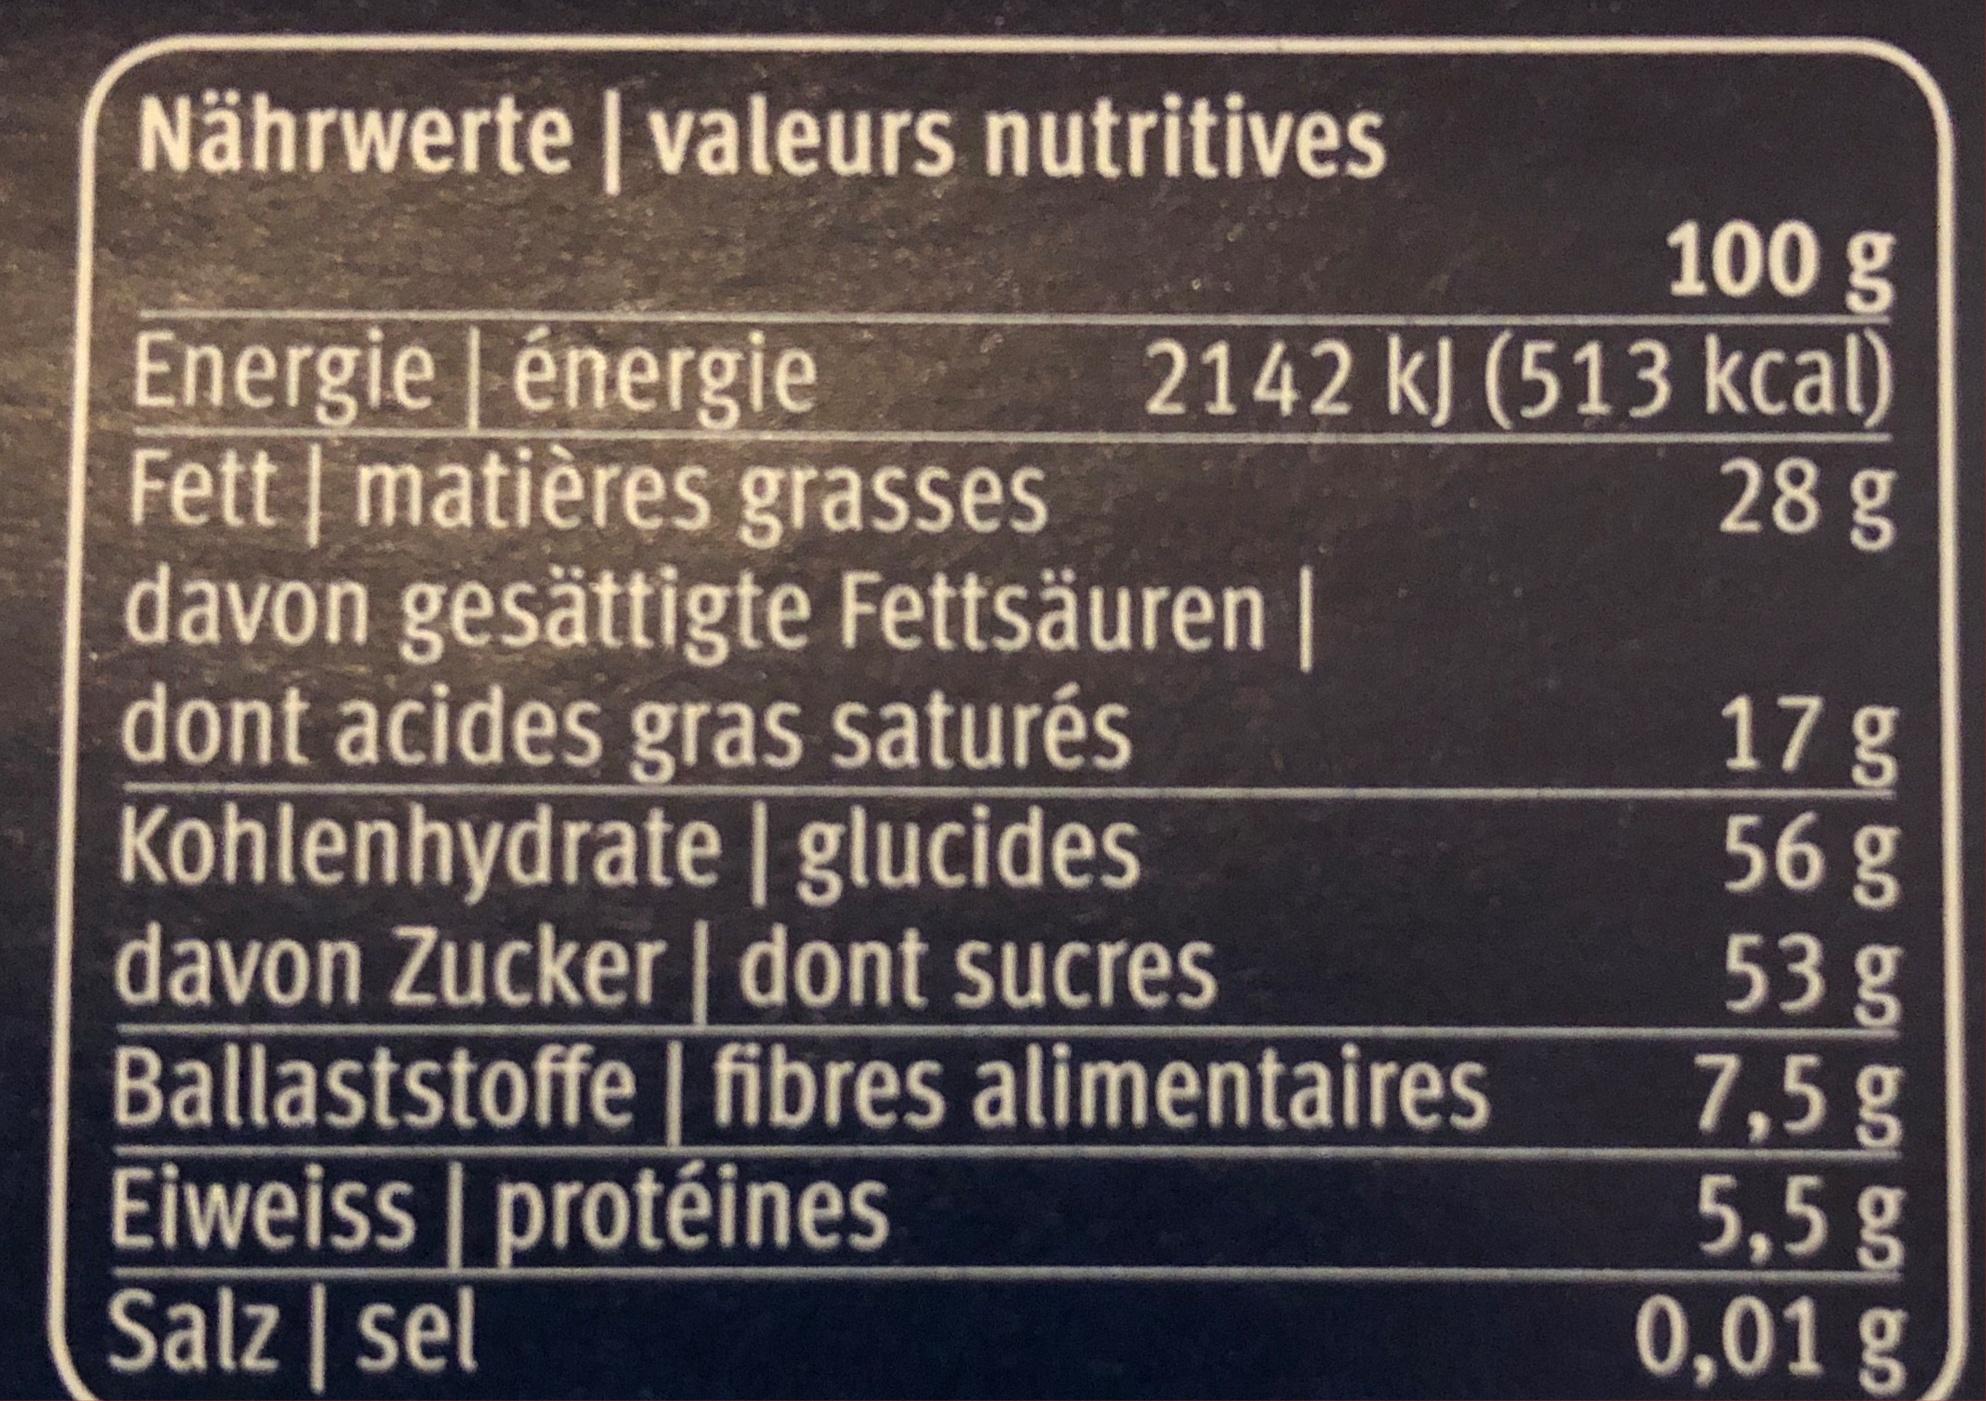
Nährwerte | valeurs nutritives
Energie | énergie
Fett | matières grasses
100 g
2142 kJ (513 kcal)
28 g
davon gesättigte Fettsäuren |
dont acides gras saturés
Kohlenhydrate
| glucides
davon Zucker | dont sucres
Ballaststoffe | fibres alimentaires
Eiweiss protéines Salz | sel
17 g
56 g
53 g
7,5 g
5,5 g
0,01 g